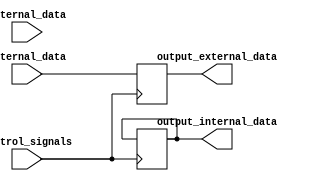
module IO_Block (
    input wire external_data,
    input wire internal_data,
    input wire control_signals,
    output reg output_external_data,
    output reg output_internal_data
);

// Input buffer
always @ (posedge control_signals)
begin
    if (control_signals == 1'b1)
        output_external_data <= external_data;
end

// Output buffer
always @ (posedge control_signals)
begin
    if (control_signals == 1'b0)
        output_internal_data <= internal_data;
end

endmodule